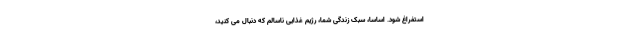
استفراغ شود. اساسا، سبک زندگی شما، رژیم غذایی ناسالم که دنبال می کنید،